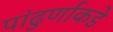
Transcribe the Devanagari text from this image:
पांढुर्णाकडे